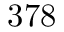
3 7 8